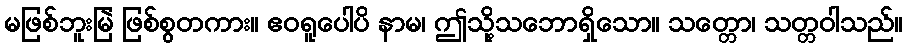
မဖြစ်ဘူးမြဲ ဖြစ်စွတကား။ ဧဝရူပေါပိ နာမ၊ ဤသို့သဘောရှိသော။ သတ္တော၊ သတ္တဝါသည်။